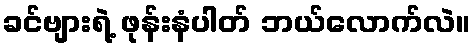
ခင်ဗျားရဲ့ ဖုန်းနံပါတ် ဘယ်လောက်လဲ။